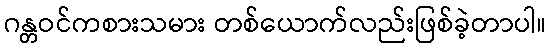
ဂန္တဝင်ကစားသမား တစ်ယောက်လည်းဖြစ်ခဲ့တာပါ။